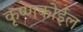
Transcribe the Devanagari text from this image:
कृष्णकोईल